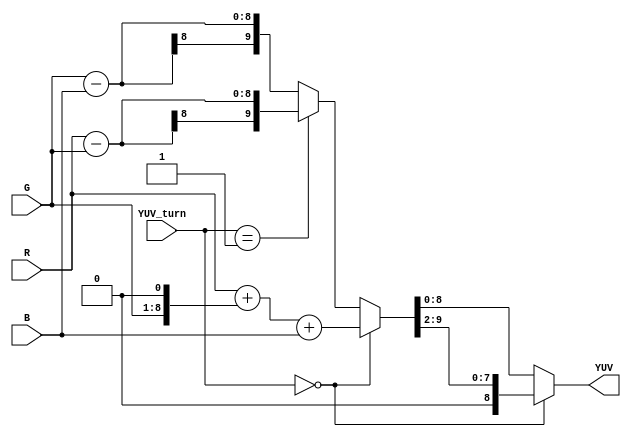
`timescale 1ns / 1ps

module Forward_RCT(YUV_turn,R,G,B,YUV);
// synopsys template
input wire[1:0] YUV_turn;
input wire[7:0] R;
input wire[7:0] G;
input wire[7:0] B;
output wire[8:0] YUV;

wire [9:0] R_10,G_10,B_10,G2_10;
assign R_10={2'b00,R[7:0]};
assign G_10={2'b00,G[7:0]};
assign G2_10={1'b0,G[7:0],1'b0};
assign B_10={2'b00,B[7:0]};

reg [9:0] answer;

assign YUV=(YUV_turn==2'b00)?{1'b0,answer[9:2]}:answer[8:0];
always @(*)
begin
    if(YUV_turn==2'b00)
    begin
        answer=R_10+G2_10+B_10;
    end
    else if(YUV_turn==2'b01)
    begin
        answer=R_10-G_10;
    end
    else
    begin
        answer=G_10-B_10;
    end
end

endmodule